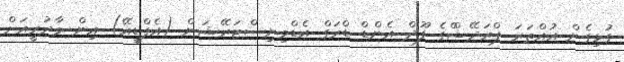
ގުޅިގެން އުއްތަރަ ޕްރަދޭޝްްގެ ފޫދް އެންޑް ޑްރަގް އެޑްމިނިސްޓަރޭޝަން (އެފްޑީއޭ) އިން މާދުރީއަށް